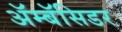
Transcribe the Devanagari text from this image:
ॲम्बॅसिडर